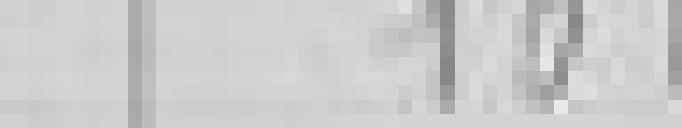
10 kilogrammes